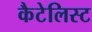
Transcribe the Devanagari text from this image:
कैटेलिस्ट